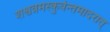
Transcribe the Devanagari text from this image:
शश्वन्नमस्कुर्वन्तमादरात्